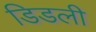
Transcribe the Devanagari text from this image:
डिडली